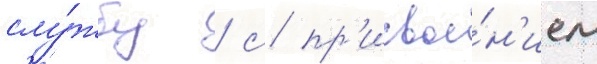
слу́жбу / с пр'исвое́н'ием